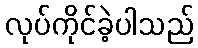
လုပ်ကိုင်ခဲ့ပါသည်